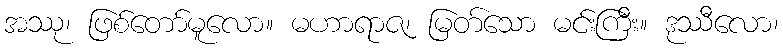
အဿု၊ ဖြစ်တော်မူလော။ မဟာရာဇ၊ မြတ်သော မင်းကြီး။ ဒုဿီလော၊